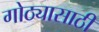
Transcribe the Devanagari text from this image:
गोठ्यासाठी